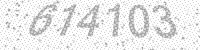
Solution: 614103